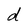
Character: d